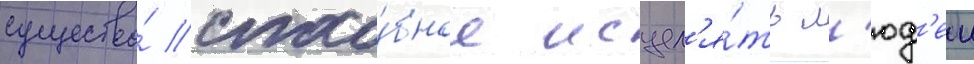
существо́ спосо́бное исцел'я́ть л'юд'еи